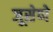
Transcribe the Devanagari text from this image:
जूसेप्पे